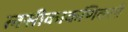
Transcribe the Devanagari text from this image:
लसीकाकणिकाएँ